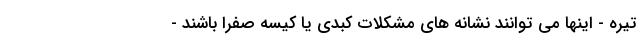
تیره - اینها می توانند نشانه های مشکلات کبدی یا کیسه صفرا باشند -